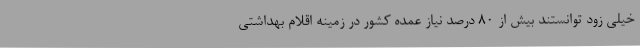
خیلی زود توانستند بیش از 80 درصد نیاز عمده کشور در زمینه اقلام بهداشتی